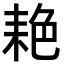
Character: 𬚐